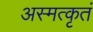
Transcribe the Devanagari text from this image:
अस्मत्कृतं